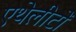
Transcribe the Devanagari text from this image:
एथेलीटों